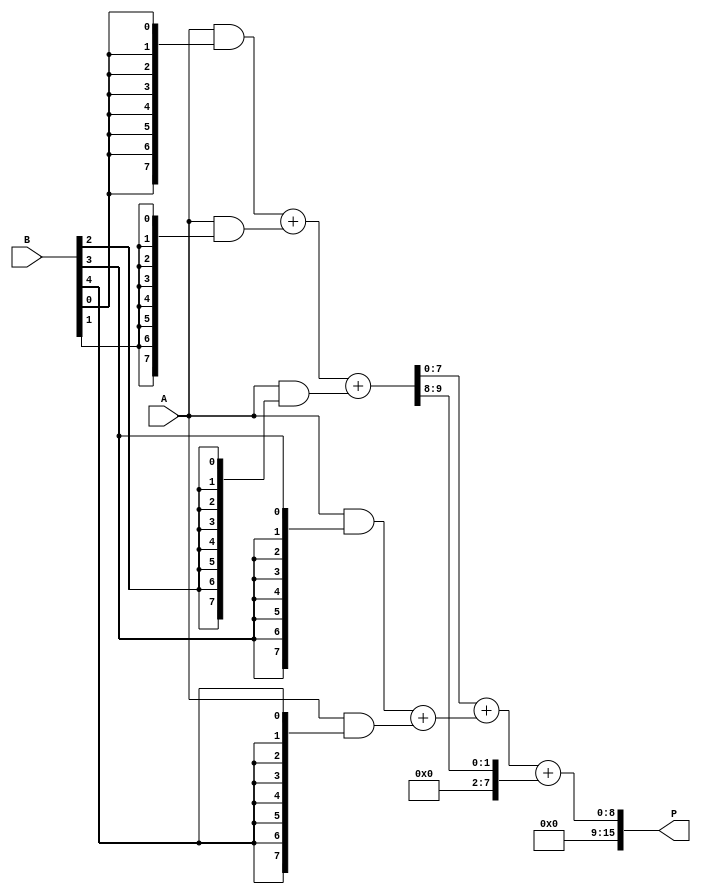
module wallace_tree_multiplier #(parameter N = 8) (
    input [N-1:0] A,
    input [N-1:0] B,
    output reg [2*N-1:0] P
);

    // Generate partial products
    wire [N-1:0] pp [0:N-1]; // Partial products
    genvar i, j;
    generate
        for (i = 0; i < N; i = i + 1) begin : pp_gen
            assign pp[i] = A & {N{B[i]}};
        end
    endgenerate

    // Reduction tree using Half Adders and Full Adders
    wire [N-1:0] sum [0:N-1]; // Sums of the current stage
    wire [N-1:0] carry [0:N-1]; // Carries of the current stage

    // Stage 1: Grouping into sets of three
    generate
        for (i = 0; i < N/3; i = i + 1) begin : stage1
            // Full Adder for three inputs
            if (i < (N/3 - 1)) begin
                assign {carry[i], sum[i]} = pp[3*i][N-1:0] + pp[3*i+1][N-1:0] + pp[3*i+2][N-1:0];
            end else begin
                assign {carry[i], sum[i]} = pp[3*i][N-1:0] + pp[3*i+1][N-1:0];
            end
        end
    endgenerate

    // Stage 2: Further reduction
    // This stage will depend on the number of groups formed in stage 1.
    // For simplicity, let's assume we can continue to reduce until we have two sums left.
    wire [N-1:0] final_sum;
    wire final_carry;

    assign {final_carry, final_sum} = sum[0] + sum[1] + carry[0];

    // Final product assembly
    always @(*) begin
        P = {final_carry, final_sum}; // Combine carry and final sum for the product
    end

endmodule